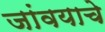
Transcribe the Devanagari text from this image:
जांवयाचे